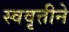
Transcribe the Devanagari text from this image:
स्ववृत्तीने